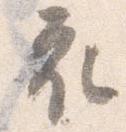
衣